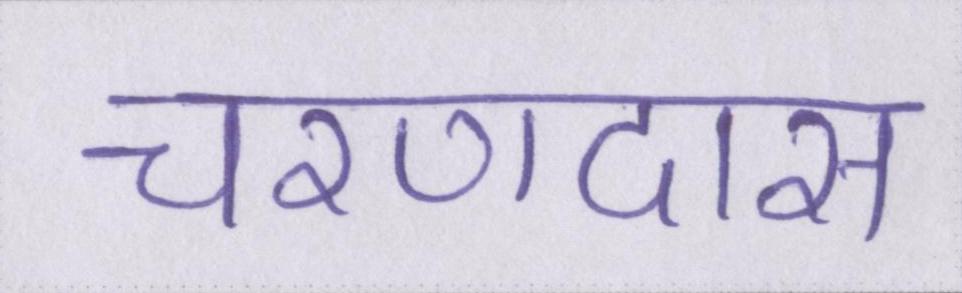
चरणदास